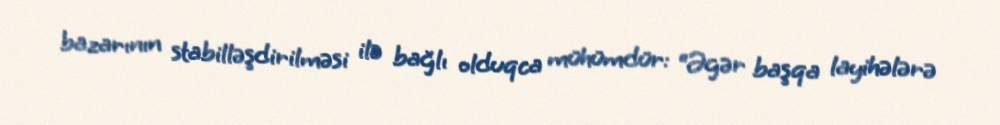
bazarının stabilləşdirilməsi ilə bağlı olduqca mühümdür: “Əgər başqa layihələrə